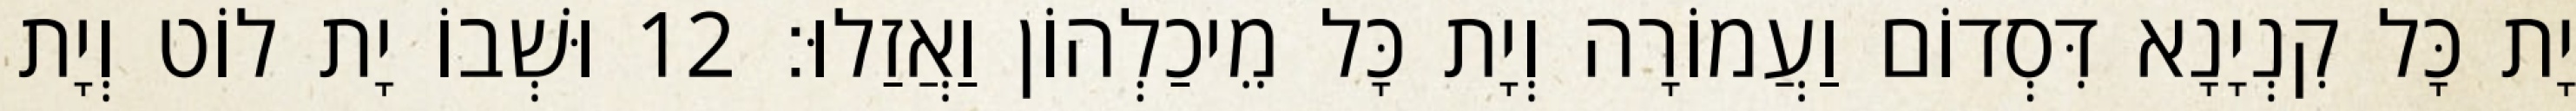
יָת כָּל קִנְיָנָא דִּסְדוֹם וַעֲמוֹרָה וְיָת כָּל מֵיכַלְהוֹן וַאֲזַלוּ׃ 12 וּשְׁבוֹ יָת לוֹט וְיָת